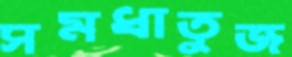
সমধাতুজ